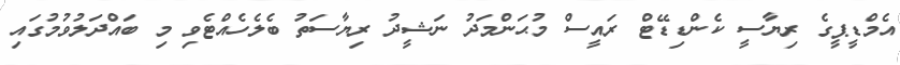
އެމްޑީޕީގެ ރިޔާސީ ކެންޑިޑޭޓް ރައީސް މުޙަންމަދު ނަޝީދު ރިޔާސަތު ބެލެހެއްޓެވި މި ބައްދަލުވުމުގައި